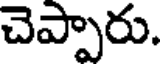
చెప్పారు.